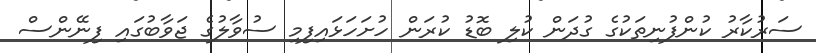
ސަރުކާރު ކުންފުނިތަކުގެ ގުދަން ކުލި ބޮޑު ކުރަން ހުށަހަޅައިފިމި ސުވާލުގެ ޖަވާބުގައި ފިނޭންސް